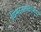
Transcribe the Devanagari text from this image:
विमानतंळामध्ये